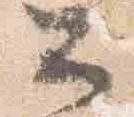
公